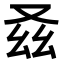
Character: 𠬾